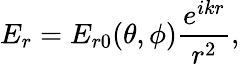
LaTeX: E_{r}=E_{r0}(\theta,\phi)\frac{e^{ikr}}{r^{2}},